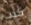
كنت